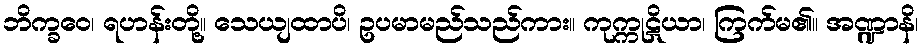
ဘိက္ခဝေ၊ ရဟန်းတို့။ သေယျထာပိ၊ ဥပမာမည်သည်ကား။ ကုက္ကုဋိယာ၊ ကြက်မ၏။ အဏ္ဍာနိ၊